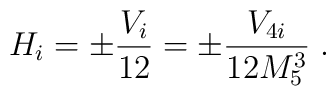
H_i = \pm\frac{V_i}{12}=\pm\frac{V_{4i}}{12M_5^3}\; .